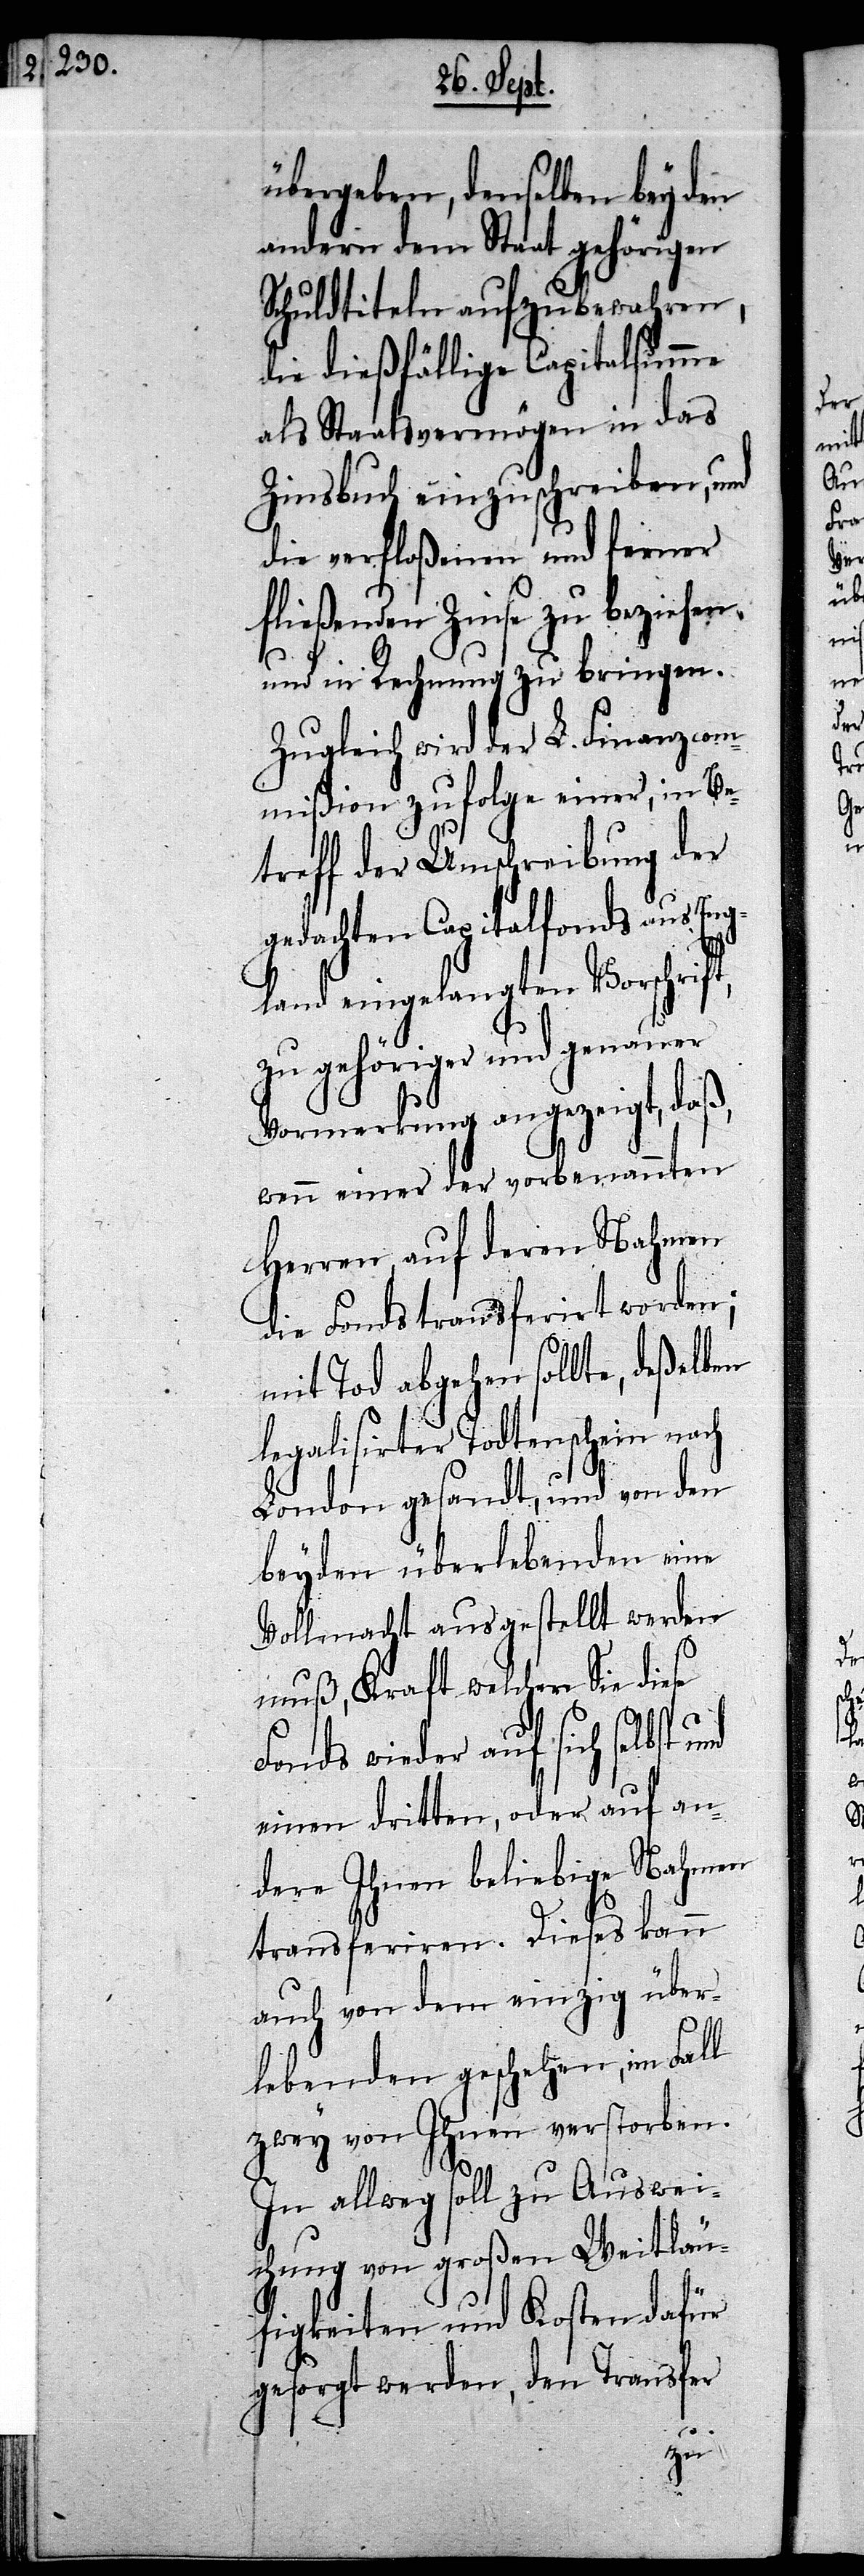
übergeben, denselben bey den
andern dem Staat gehörigen
Schuldtiteln aufzubewahren,
die dießfällige Capitalsumme
als Staatsvermögen in das
Zinsbuch einzuschreiben, und
die verfloßenen und ferner
fließenden Zinse zu beziehen
und in Rechnung zu bringen.
Zugleich wird der L. Finanzcom¬
mißion zufolge einer, in Be¬
treff der Umschreibung der
gedachten Capitalfonds aus Eng¬
land eingelangten Vorschrift,
zu gehöriger und genauer
Vormerkung angezeigt, daß
Herren, auf deren Nahmen
die Fonds transferirt worden;
mit Tod abgehen sollte, deßelben
legalisirter Todtenschein nach
London gesandt, und von den
beyden überlebenden eine
Vollmacht ausgestellt werden
muß, Kraft welchen Sie diese
Fonds wieder auf sich selbst
einen dritten, oder auf an¬
dere Ihnen beliebige Nahmen
transferiren. Dieses kann
auch von dem einzig über¬
lebenden geschehen, im Fall
zwey von Ihnen verstorben.
In allweg soll zu Auswei¬
chung von großen Weitläu¬
figkeiten und Kosten dafür
gesorgt werden, den Tranfer